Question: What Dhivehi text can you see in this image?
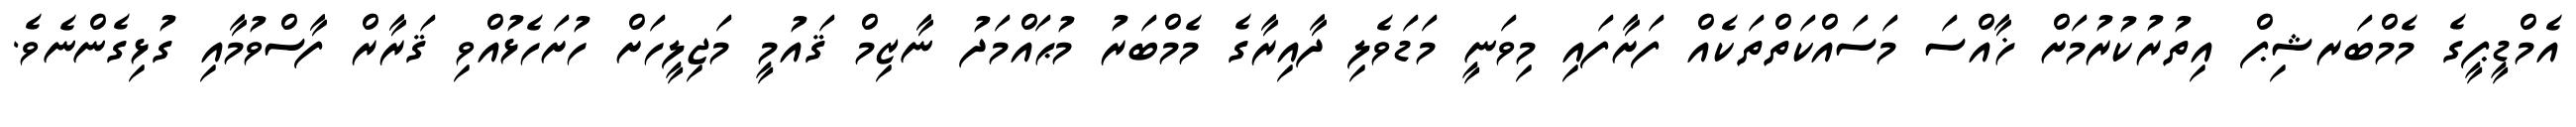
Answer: އެމްޑީޕީގެ މެމްބަރޝިޕް އިތުރުކުރުމަށް ޚާއްސަ މަސައްކަތްތަކެއް ފަށާފައި މިވަނީ މަޑަވެލި ދާއިރާގެ މެމްބަރު މުޙައްމަދު ނާޒިމް ޤައުމީ މަޖިލީހަށް ހުށަހެޅުއްވި ޤަރާރް ފާސްވުމާއި ގުޅިގެންނެވެ.